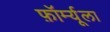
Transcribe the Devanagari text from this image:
फ़ॉर्म्यूला